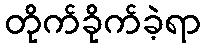
တိုက်ခိုက်ခဲ့ရာ